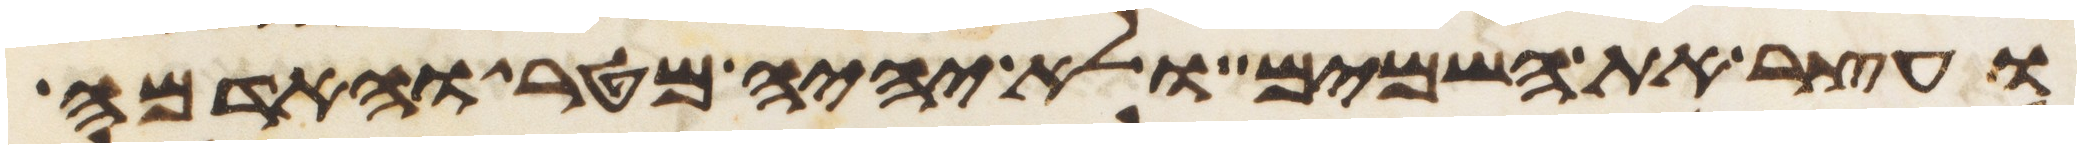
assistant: ועצר את השמים ולא יהיה מטר והאדמה